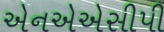
એનએએસીપી